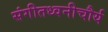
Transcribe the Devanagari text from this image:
संगीतध्वनीचौर्य